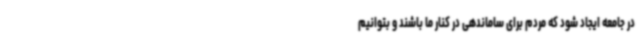
در جامعه ایجاد شود که مردم برای ساماندهی در کنار ما باشند و بتوانیم